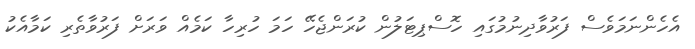
އެހެންނަމަވެސް ފަރުވާދިނުމުގައި ހޮސްޕިޓަލުން ކުރަންޖެހޭ ހަމަ ހުރިހާ ކަމެއް ވަރަށް ފަރުވާތެރި ކަމާއެކު